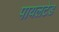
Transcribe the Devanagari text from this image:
पायलटेड